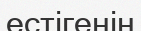
естігенін